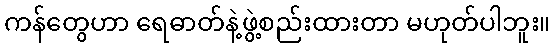
ကန်တွေဟာ ရေဓာတ်နဲ့ဖွဲ့စည်းထားတာ မဟုတ်ပါဘူး။